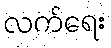
လက်ရေး